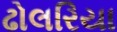
ઢોલરિયા